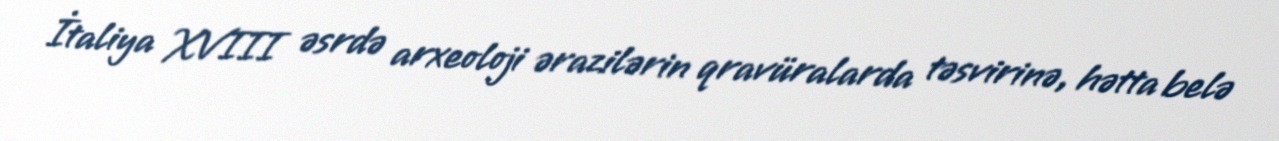
İtaliya XVIII əsrdə arxeoloji ərazilərin qravüralarda təsvirinə, hətta belə